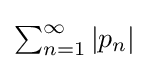
{\textstyle \sum _{n=1}^{\infty }|p_{n}|}